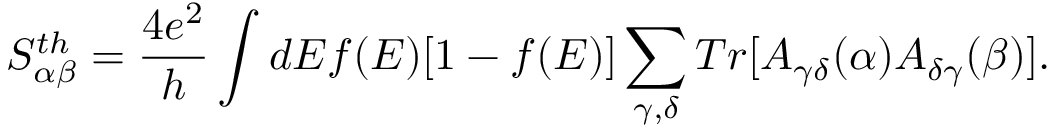
{ S _ { \alpha \beta } ^ { t h } } = \frac { 4 e ^ { 2 } } { h } \int d E f ( E ) [ 1 - f ( E ) ] \sum _ { \gamma , \delta } T r [ A _ { \gamma \delta } ( \alpha ) A _ { \delta \gamma } ( \beta ) ] .